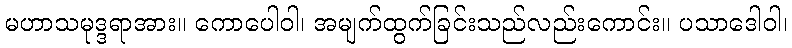
မဟာသမုဒ္ဒရာအား။ ကောပေါဝါ၊ အမျက်ထွက်ခြင်းသည်လည်းကောင်း။ ပသာဒေါဝါ၊